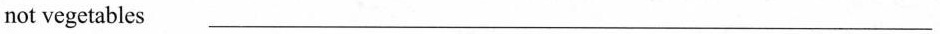
not vegetables ___